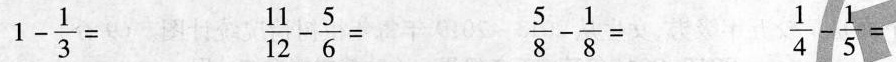
$$1 - \frac{1}{3} =$$ $$ \frac{11}{12} - \frac{5}{6}=$$ $$ \frac{5}{8} - \frac{1}{8}=$$ $$ \frac{1}{4} - \frac{1}{5}=$$